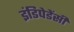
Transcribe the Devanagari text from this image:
इंडिपेडेंसी